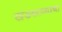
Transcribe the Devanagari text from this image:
खंडकाव्याचा